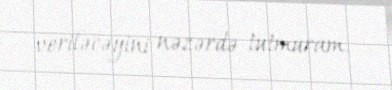
veriləcəyini nəzərdə tutmuram.